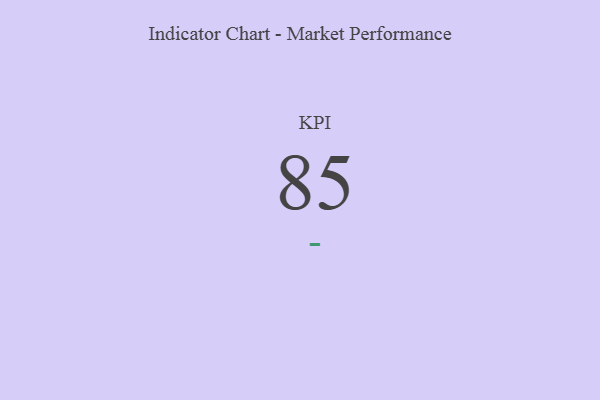
{"axis": {"x": "KPI", "y": "Value"}, "legend": [""], "data": [{"x": "KPI", "y": 85, "type": ""}]}